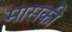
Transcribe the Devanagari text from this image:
मासकी